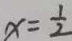
x = \frac { 1 } { 2 }